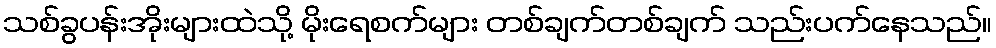
သစ်ခွပန်းအိုးများထဲသို့ မိုးရေစက်များ တစ်ချက်တစ်ချက် သည်းပက်နေသည်။